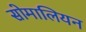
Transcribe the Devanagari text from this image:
सोमालियन